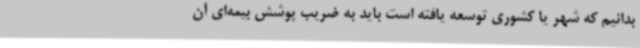
بدانیم که شهر یا کشوری توسعه یافته است باید به ضریب پوشش بیمه‌ای آن